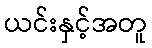
ယင်းနှင့်အတူ